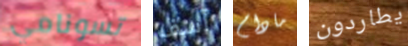
تسونامي آسف مادام يطاردون